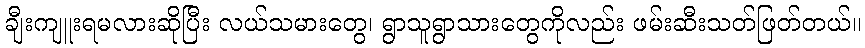
ချီးကျူးရမလားဆိုပြီး လယ်သမားတွေ၊ ရွာသူရွာသားတွေကိုလည်း ဖမ်းဆီးသတ်ဖြတ်တယ်။